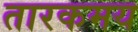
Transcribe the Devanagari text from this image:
तारकमय